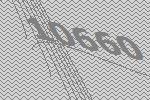
10660